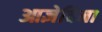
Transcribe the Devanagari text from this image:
आज्ञेविना